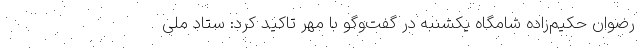
رضوان حکیم‌زاده شامگاه یکشنبه در گفت‌وگو با مهر تاکید کرد: ستاد ملی